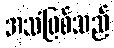
အသံဖြစ်သည်